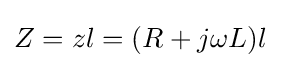
Z=zl=(R+j\omega L)l